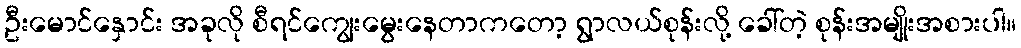
ဦးမောင်နှောင်း အခုလို စီရင်ကျွေးမွေးနေတာကတော့ ရွာလယ်စုန်းလို့ ခေါ်တဲ့ စုန်းအမျိုးအစားပါ။